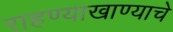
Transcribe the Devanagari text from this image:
राहण्याखाण्याचे